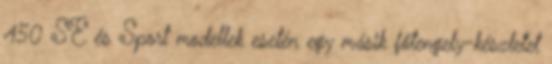
450 SE és Sport modellek esetén egy másik főtengely-készletet